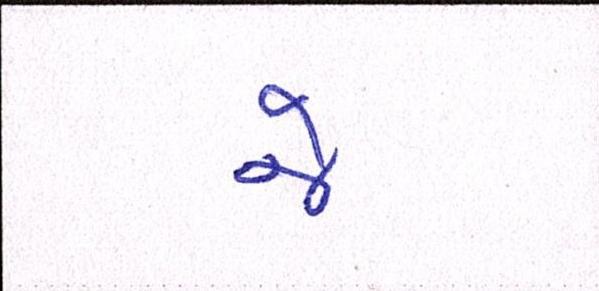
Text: જે